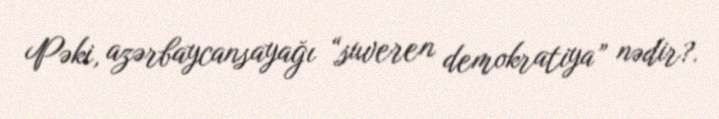
Pəki, azərbaycansayağı “suveren demokratiya” nədir?.